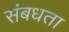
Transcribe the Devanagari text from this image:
संबधता